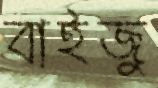
বাইজু